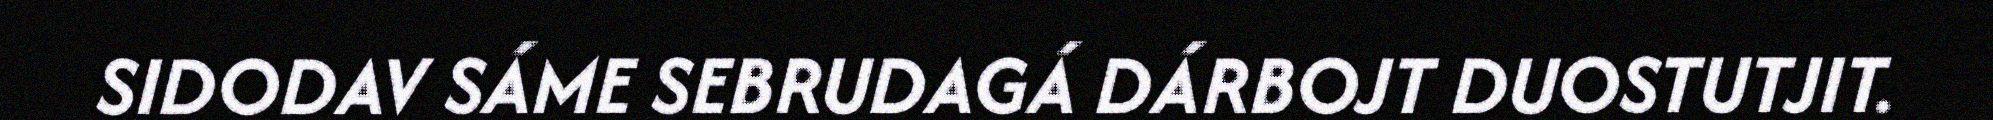
SIDODAV SÁME SEBRUDAGÁ DÁRBOJT DUOSTUTJIT.